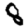
Digit: 8